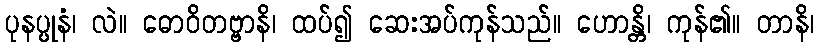
ပုနပ္ပုနံ၊ လဲ။ ဓောဝိတဗ္ဗာနိ၊ ထပ်၍ ဆေးအပ်ကုန်သည်။ ဟောန္တိ၊ ကုန်၏။ တာနိ၊